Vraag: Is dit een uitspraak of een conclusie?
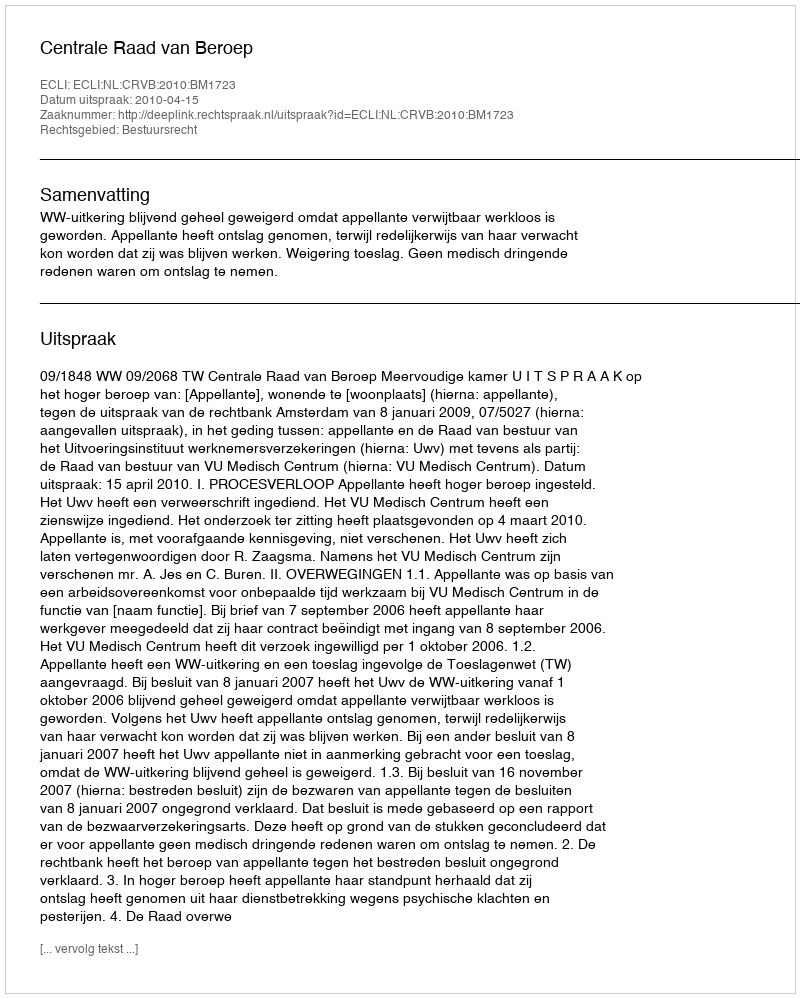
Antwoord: Uitspraak